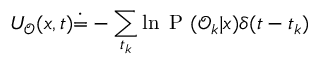
U _ { \mathcal { O } } ( x , t ) \dot { = } - \sum _ { t _ { k } } \ln \mathrm { ~ P ~ } ( \mathcal { O } _ { k } | x ) \delta ( t - t _ { k } )